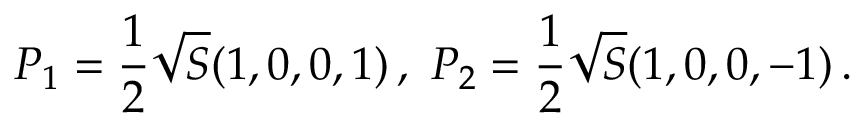
P _ { 1 } = { \frac { 1 } { 2 } } \sqrt { S } ( 1 , 0 , 0 , 1 ) \, , \, \, P _ { 2 } = { \frac { 1 } { 2 } } \sqrt { S } ( 1 , 0 , 0 , - 1 ) \, . \,